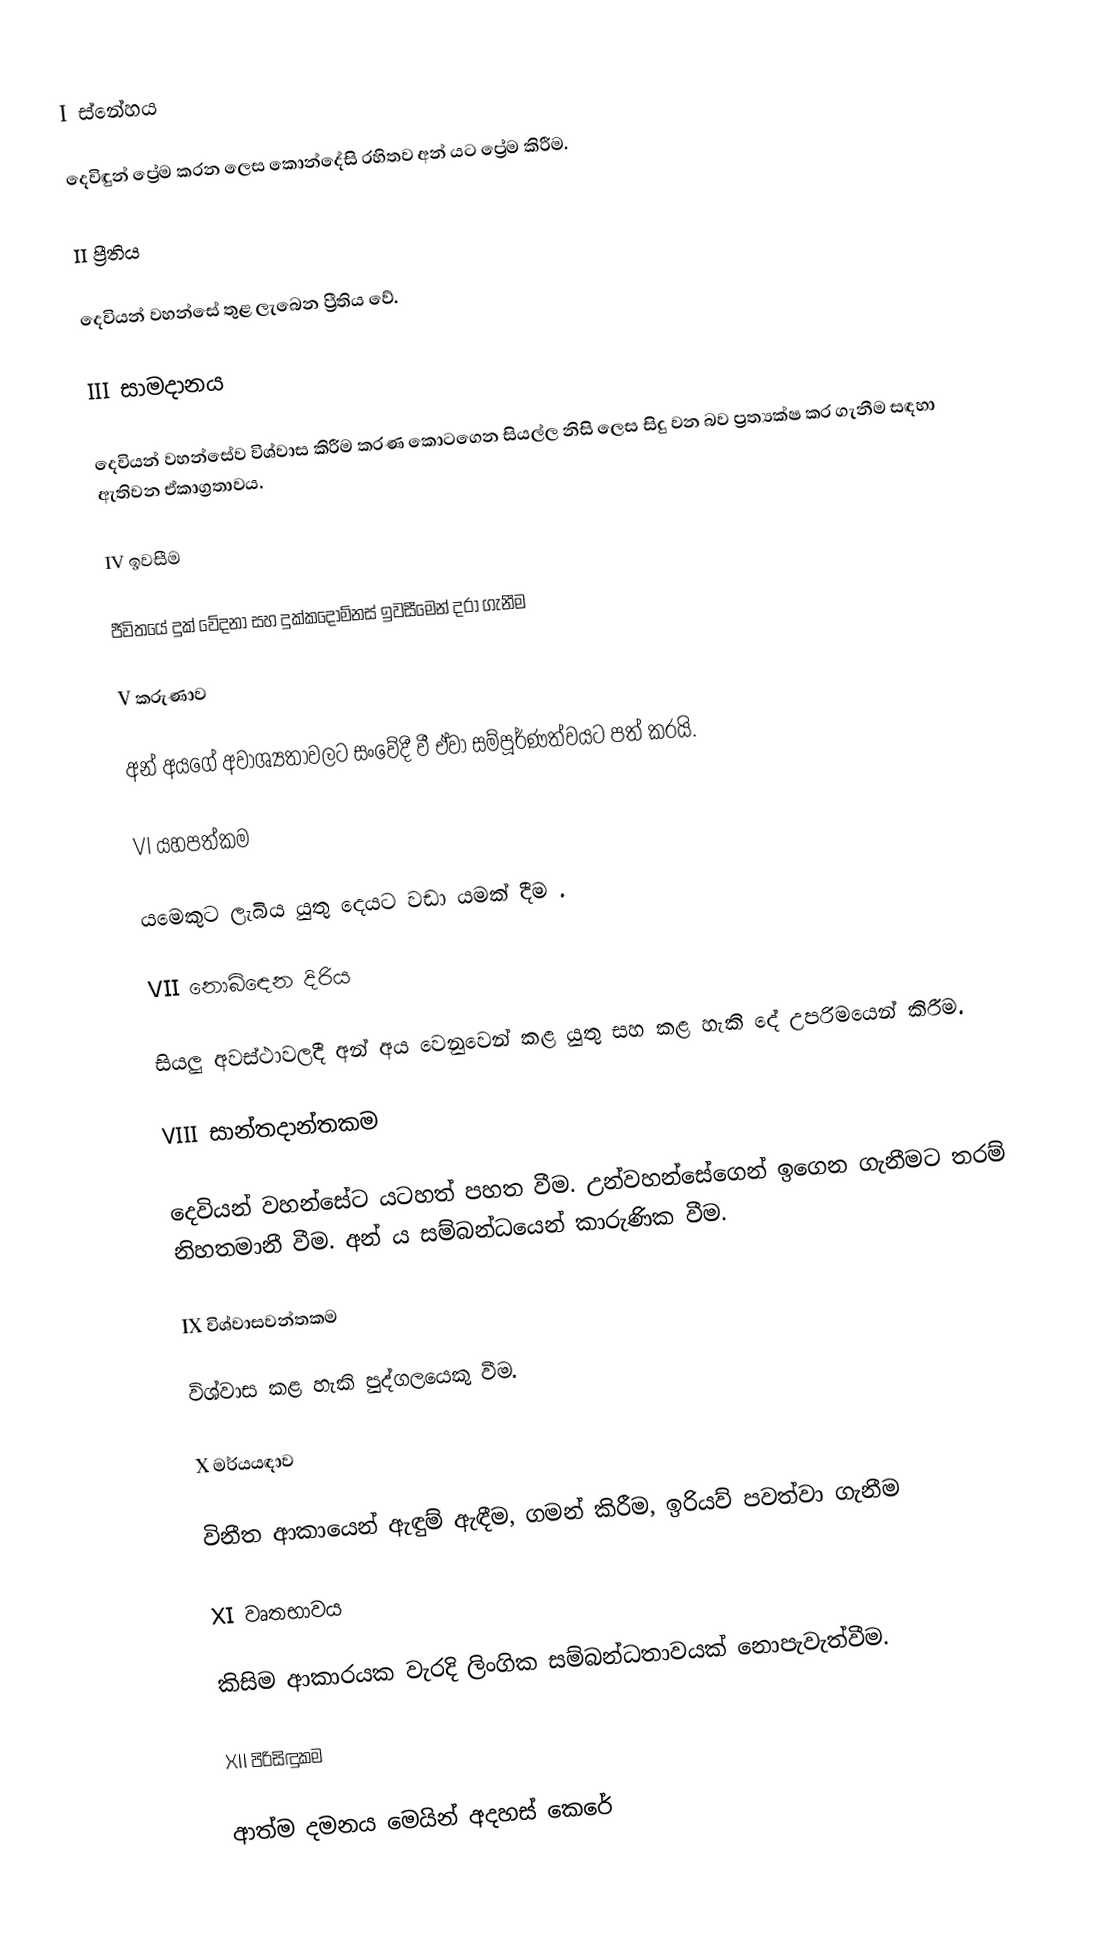
I ස්නේහය

දෙවිඳුන් ප්‍රේම කරන ලෙස කොන්දේසි රහිතව අන් යට ප්‍රේම කිරීම.

II ප්‍රීතිය

දෙවියන් වහන්සේ තුළ ලැබෙන ප්‍රීතිය වේ.

III සාමදානය

දෙවියන් වහන්සේව විශ්වාස කිරීම කරණ කොටගෙන සියල්ල නිසි ලෙස සිදු වන බව ප්‍රත්‍යක්ෂ කර ගැනීම සඳහා ඇතිවන ඒකාග්‍රතාවය.

IV ඉවසීම

ජීවිතයේ දුක් වේදනා සහ දුක්කදොම්නස් ඉවසීමෙන් දරා ගැනීම

V කරුණාව

අන් අයගේ අවාශ්‍යතාවලට සංවේදී වී ඒවා සම්පූර්ණත්වයට පත් කරයි.

VI යහපත්කම

යමෙකුට ලැබිය යුතු දෙයට වඩා යමක් දීම .

VII නොබිඳෙන දිරිය

සියලු අවස්ථාවලදී අන් අය වෙනුවෙන් කළ යුතු සහ කළ හැකි දේ උපරිමයෙන් කිරීම.

VIII සාන්තදාන්තකම

දෙවියන් වහන්සේට යටහත් පහත වීම. උන්වහන්සේගෙන් ඉගෙන ගැනීමට තරම් නිහතමානී වීම. අන් ය සම්බන්ධයෙන් කාරුණික වීම.

IX විශ්වාසවන්තකම

විශ්වාස කළ හැකි පුද්ගලයෙකු වීම.

X මර්යයඳාව

විනීත ආකායෙන් ඇඳුම් ඇඳීම, ගමන් කිරීම, ඉරියව් පවත්වා ගැනීම

XI වෘතභාවය

කිසිම ආකාරයක වැරදි ලිංගික සම්බන්ධතාවයක් නොපැවැත්වීම.

XII පිරිසිඳුකම

ආත්ම දමනය මෙයින් අදහස් කෙරේ